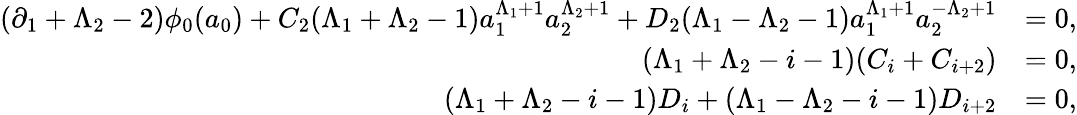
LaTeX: \begin{array}{rl}{(\partial_{1}+\Lambda_{2}-2)\phi_{0}(a_{0})+C_{2}(\Lambda_{1}+\Lambda_{2}-1)a_{1}^{\Lambda_{1}+1}a_{2}^{\Lambda_{2}+1}+D_{2}(\Lambda_{1}-\Lambda_{2}-1)a_{1}^{\Lambda_{1}+1}a_{2}^{-\Lambda_{2}+1}}&{=0,}\\ {(\Lambda_{1}+\Lambda_{2}-i-1)(C_{i}+C_{i+2})}&{=0,}\\ {\quad(\Lambda_{1}+\Lambda_{2}-i-1)D_{i}+(\Lambda_{1}-\Lambda_{2}-i-1)D_{i+2}}&{=0,}\end{array}